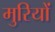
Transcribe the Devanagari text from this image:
मुरियों